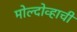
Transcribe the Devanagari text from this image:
मोल्दोव्हाची